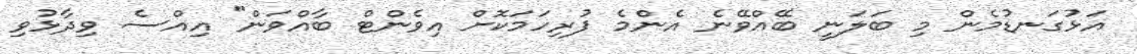
އަޅުގަނޑުމެން މި ބަލަނީ ބޭއްވޭނެ އެންމެ ފުރިހަމަކޮށް އިވެންޓް ބާއްވަން" އިއްސެ ވިދާޅުވި